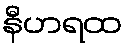
နီဟရထ